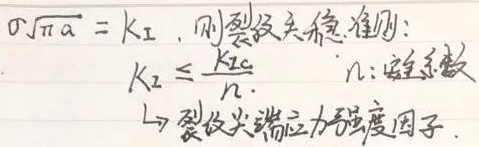
由\(\sigma\sqrt{\pi a} = K_{I}\)，可得裂纹失稳准则：
\[ K_{I} \leq \frac{K_{IC}}{n} \]，其中 \( n \)为安全系数。
\(\Leftrightarrow\) 裂纹尖端应力强度因子